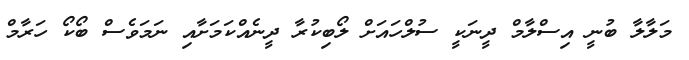
މަލާލާ ބުނީ އިސްލާމް ދީނަކީ ސުލްހައަށް ލޯބިކުރާ ދީނެއްކަމަށާއި ނަމަވެސް ބޯކޯ ހަރާމް